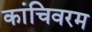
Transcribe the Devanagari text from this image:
कांचिवरम